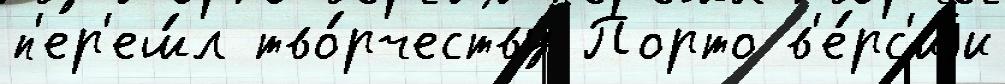
п'ер'еш́л тво́рчеству Порто в'е́рс'иjи